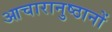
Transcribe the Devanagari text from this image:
आचारानुष्ठानों